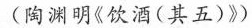
(陶渊明《饮酒(其五)》)